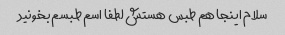
سلام اینجا هم طبس هستش لطفا اسم طبسم بخونید